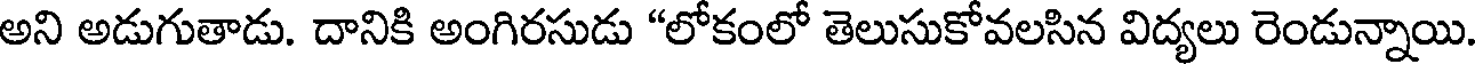
అని అడుగుతాడు. దానికి అంగిరసుడు "లోకంలో తెలుసుకోవలసిన విద్యలు రెండున్నాయి